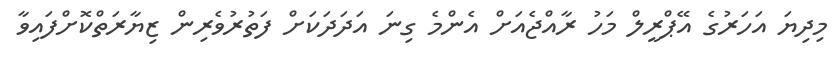
މިދިޔަ އަހަރުގެ އޭޕްރީލް މަހު ރާއްޖެއަށް އެންމެ ގިނަ އަދަދަކަށް ފަތުރުވެރިން ޒިޔާރަތްކޮށްފައިވާ